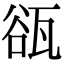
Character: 𤭏